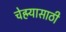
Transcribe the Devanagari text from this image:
चेहर्‍यासाठी